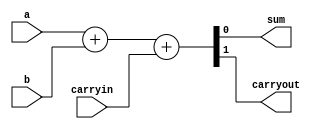
// Adder circuit

module behavioralFullAdder
(
    output sum, 
    output carryout,
    input a, 
    input b, 
    input carryin
);
    // Uses concatenation operator and built-in '+'
    assign {carryout, sum}=a+b+carryin;
endmodule

module structuralFullAdder
(
    output sum, 
    output carryout,
    input a, 
    input b, 
    input carryin
);
    // Your adder code here
endmodule